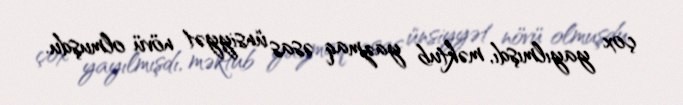
çox yayılmışdı, məktub yazmaq əsas ünsiyyət növü olmuşdu.